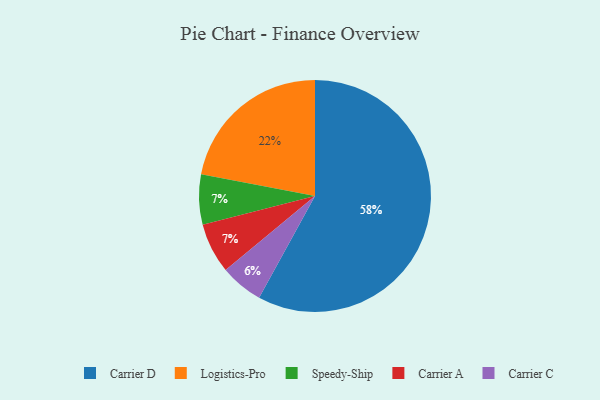
{"axis": {"x": "Category", "y": "Percentage"}, "legend": ["Carrier A", "Carrier C", "Carrier D", "Logistics-Pro", "Speedy-Ship"], "data": [{"x": "Speedy-Ship", "y": 7, "type": "Speedy-Ship"}, {"x": "Logistics-Pro", "y": 22, "type": "Logistics-Pro"}, {"x": "Carrier C", "y": 6, "type": "Carrier C"}, {"x": "Carrier D", "y": 58, "type": "Carrier D"}, {"x": "Carrier A", "y": 7, "type": "Carrier A"}]}